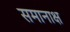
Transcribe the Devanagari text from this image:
समानाक्ष